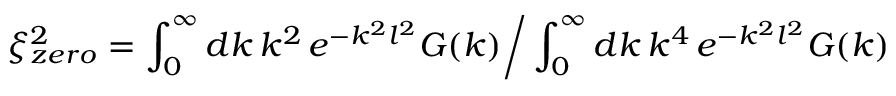
\xi _ { z e r o } ^ { 2 } = \int _ { 0 } ^ { \infty } d k \, k ^ { 2 } \, e ^ { - k ^ { 2 } l ^ { 2 } } G ( k ) \bigg / \int _ { 0 } ^ { \infty } d k \, k ^ { 4 } \, e ^ { - k ^ { 2 } l ^ { 2 } } G ( k )